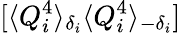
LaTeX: [\langle Q_{i}^{4}\rangle_{\delta_{i}}\langle Q_{i}^{4}\rangle_{-\delta_{i}}]